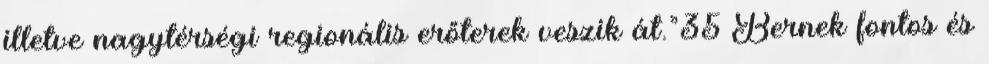
illetve nagytérségi regionális erőterek veszik át.”35 Bernek fontos és